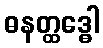
ဓနတ္ထဒ္ဓေါ